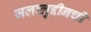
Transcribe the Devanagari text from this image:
जलालुद्दीनची